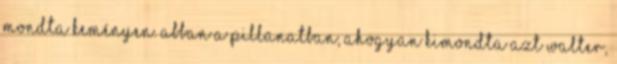
mondta keményen. Abban a pillanatban, ahogyan kimondta azt Walter,